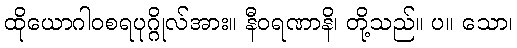
ထိုယောဂါဝစရပုဂ္ဂိုလ်အား။ နီဝရဏာနိ၊ တို့သည်။ ပ။ သော၊